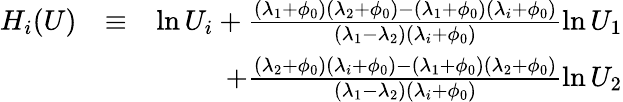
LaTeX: \begin{array}{rlr}{H_{i}(U)}&{\equiv}&{\ln U_{i}+\frac{(\lambda_{1}+\phi_{0})(\lambda_{2}+\phi_{0})-(\lambda_{1}+\phi_{0})(\lambda_{i}+\phi_{0})}{(\lambda_{1}-\lambda_{2})(\lambda_{i}+\phi_{0})}\ln U_{1}}\\ &{}&{\; \; \; \; \; \; \; \; \; +\frac{(\lambda_{2}+\phi_{0})(\lambda_{i}+\phi_{0})-(\lambda_{1}+\phi_{0})(\lambda_{2}+\phi_{0})}{(\lambda_{1}-\lambda_{2})(\lambda_{i}+\phi_{0})}\ln U_{2}}\end{array}